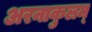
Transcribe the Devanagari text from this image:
अरनाकुलम्‌